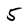
Character: 5